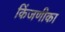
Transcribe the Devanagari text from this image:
किंजणीका